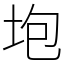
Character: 垉